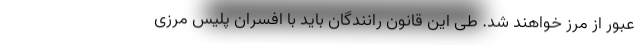
عبور از مرز خواهند شد. طی این قانون رانندگان باید با افسران پلیس مرزی